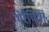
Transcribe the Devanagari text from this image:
थेरैपिया